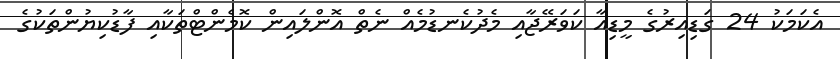
އެކަމަކު 24 ގަޑިއިރުގެ މީޑިއާ ކަވަރޭޖާއި މެދުކެނޑުމެއް ނެތް އޮންލައިން ކޮމެންޓްތަކާއި ފާޑުކިޔުންތަކުގެ